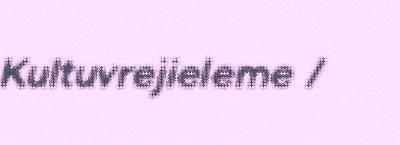
Kultuvrejieleme /